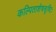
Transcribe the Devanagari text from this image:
कल्पिताशेषसृष्टिः